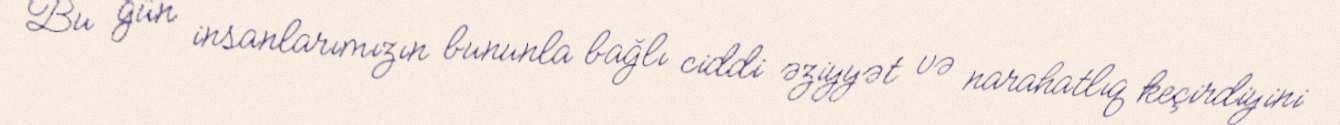
Bu gün insanlarımızın bununla bağlı ciddi əziyyət və narahatlıq keçirdiyini